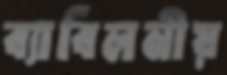
ব্যাবিলনীয়